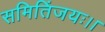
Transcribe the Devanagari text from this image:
समितिंजयः।।